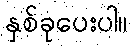
နှစ်ခုပေးပါ။